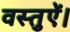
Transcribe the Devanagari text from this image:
वस्तुऐं।